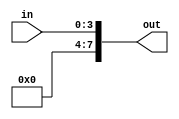
module ZeroExtend_3 (in, out);
  input [3:0] in;
  output [7:0] out;

  assign out = {4'b0000,in};
endmodule